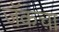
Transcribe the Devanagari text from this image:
जॅकचा